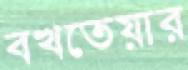
বখতেয়ার